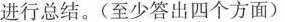
进行总结。(至少答出四个方面）